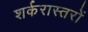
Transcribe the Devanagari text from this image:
शर्करास्तरों